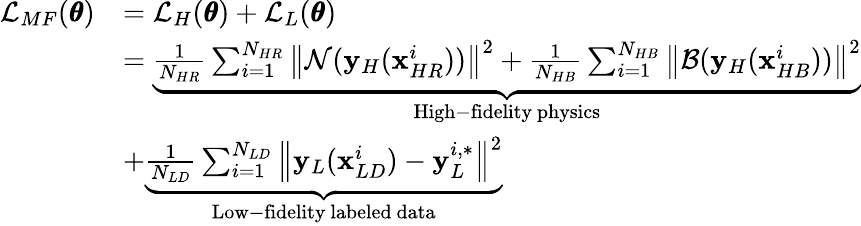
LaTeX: \begin{array}{rl}{\mathcal{L}_{MF}(\pmb{\theta})}&{=\mathcal{L}_{H}(\pmb{\theta})+\mathcal{L}_{L}(\pmb{\theta})}\\ &{=\underbrace{\frac{1}{N_{HR}}\sum_{i=1}^{N_{HR}}{\left\| \mathcal{N}(\mathbf{y}_{H}(\mathbf{x}_{HR}^{i}))\right\| ^{2}}+\frac{1}{N_{HB}}\sum_{i=1}^{N_{HB}}{\left\| \mathcal{B}(\mathbf{y}_{H}(\mathbf{x}_{HB}^{i}))\right\| ^{2}}}_{\mathrm{High-fidelity~physics}}}\\ &{+\underbrace{\frac{1}{N_{LD}}\sum_{i=1}^{N_{LD}}{\left\| \mathbf{y}_{L}(\mathbf{x}_{LD}^{i})-\mathbf{y}_{L}^{i,*}\right\| ^{2}}}_{\mathrm{Low-fidelity~labeled~data}}}\end{array}